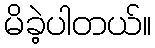
မိခဲ့ပါတယ်။